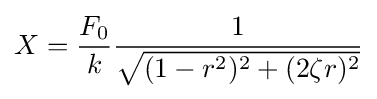
X={F_{0} \over k}{1 \over {\sqrt {(1-r^{2})^{2}+(2\zeta r)^{2}}}}